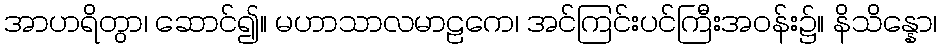
အာဟရိတွာ၊ ဆောင်၍။ မဟာသာလမာဠကေ၊ အင်ကြင်းပင်ကြီးအဝန်း၌။ နိသိန္နော၊